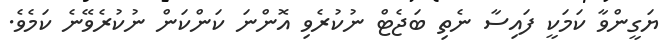
ޔަގީންވާ ކަމަކީ ފައިސާ ނެތި ބަޖެޓް ނުކުރެވި އޮންނަ ކަންކަން ނުކުރެވޭނެ ކަމެވެ.